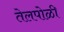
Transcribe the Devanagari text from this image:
तेलपोळी